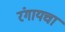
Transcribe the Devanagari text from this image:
रंगायचा